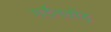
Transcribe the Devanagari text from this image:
गर्दनतोड़